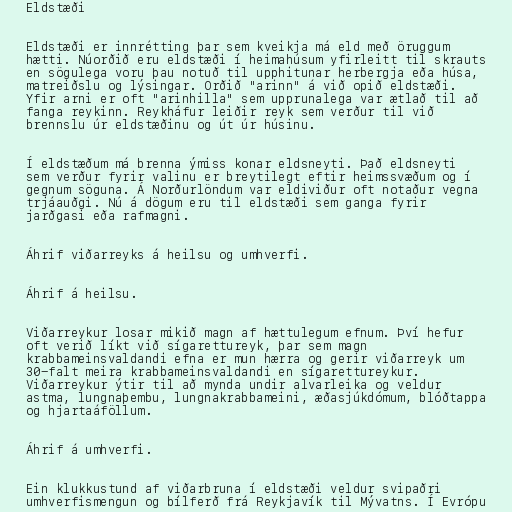
Eldstæði

Eldstæði er innrétting þar sem kveikja má eld með öruggum
hætti. Núorðið eru eldstæði í heimahúsum yfirleitt til skrauts
en sögulega voru þau notuð til upphitunar herbergja eða húsa,
matreiðslu og lýsingar. Orðið "arinn" á við opið eldstæði.
Yfir arni er oft "arinhilla" sem upprunalega var ætlað til að
fanga reykinn. Reykháfur leiðir reyk sem verður til við
brennslu úr eldstæðinu og út úr húsinu.

Í eldstæðum má brenna ýmiss konar eldsneyti. Það eldsneyti
sem verður fyrir valinu er breytilegt eftir heimssvæðum og í
gegnum söguna. Á Norðurlöndum var eldiviður oft notaður vegna
trjáauðgi. Nú á dögum eru til eldstæði sem ganga fyrir
jarðgasi eða rafmagni.

Áhrif viðarreyks á heilsu og umhverfi.

Áhrif á heilsu.

Viðarreykur losar mikið magn af hættulegum efnum. Því hefur
oft verið líkt við sígarettureyk, þar sem magn
krabbameinsvaldandi efna er mun hærra og gerir viðarreyk um
30-falt meira krabbameinsvaldandi en sígarettureykur.
Viðarreykur ýtir til að mynda undir alvarleika og veldur
astma, lungnaþembu, lungnakrabbameini, æðasjúkdómum, blóðtappa
og hjartaáföllum.

Áhrif á umhverfi.

Ein klukkustund af viðarbruna í eldstæði veldur svipaðri
umhverfismengun og bílferð frá Reykjavík til Mývatns. Í Evrópu